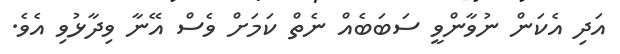
އަދި އެކަން ނުވާންވީ ސަބަބެއް ނެތް ކަމަށް ވެސް އޭނާ ވިދާޅުވި އެވެ.